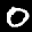
Label: 0